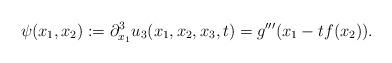
LaTeX: \begin{align*}\psi(x_1,x_2) := \partial_{x_1}^3 u_3(x_1,x_2,x_3,t) = g'''(x_1 - t f(x_2)).\end{align*}